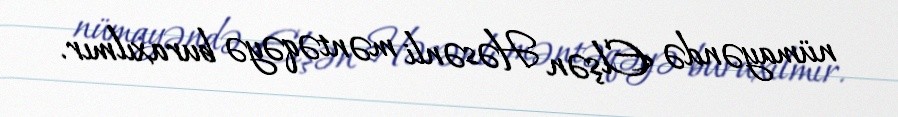
nümayəndə Elşən Həsənli məntəqəyə buraxılmır.